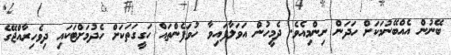
ބޭނުން އެއްބޭނުމަކަށް ހަދަން ނިންމިއެވެ. ދެމީހުން އަވަލާފައިވާ ހުވަފެންތައް ހަގީގަތަކަށް ހެދުމަށްޓަކައި ދިވެހިރާއްޖޭގެ